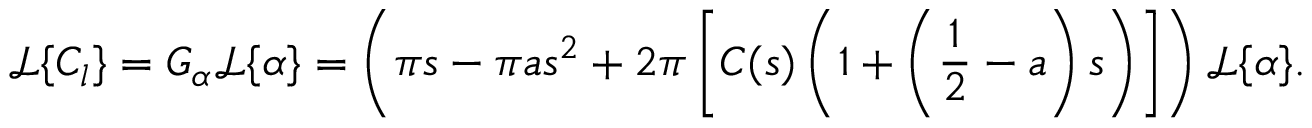
\mathcal { L } \{ C _ { l } \} = G _ { \alpha } \mathcal { L } \{ \alpha \} = \left( \pi s - \pi a s ^ { 2 } + 2 \pi \left[ C ( s ) \left( 1 + \left( \frac { 1 } { 2 } - a \right) s \right) \right] \right) \mathcal { L } \{ \alpha \} .